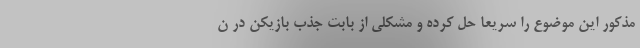
مذکور این موضوع را سریعاً حل کرده و مشکلی از بابت جذب بازیکن در ن